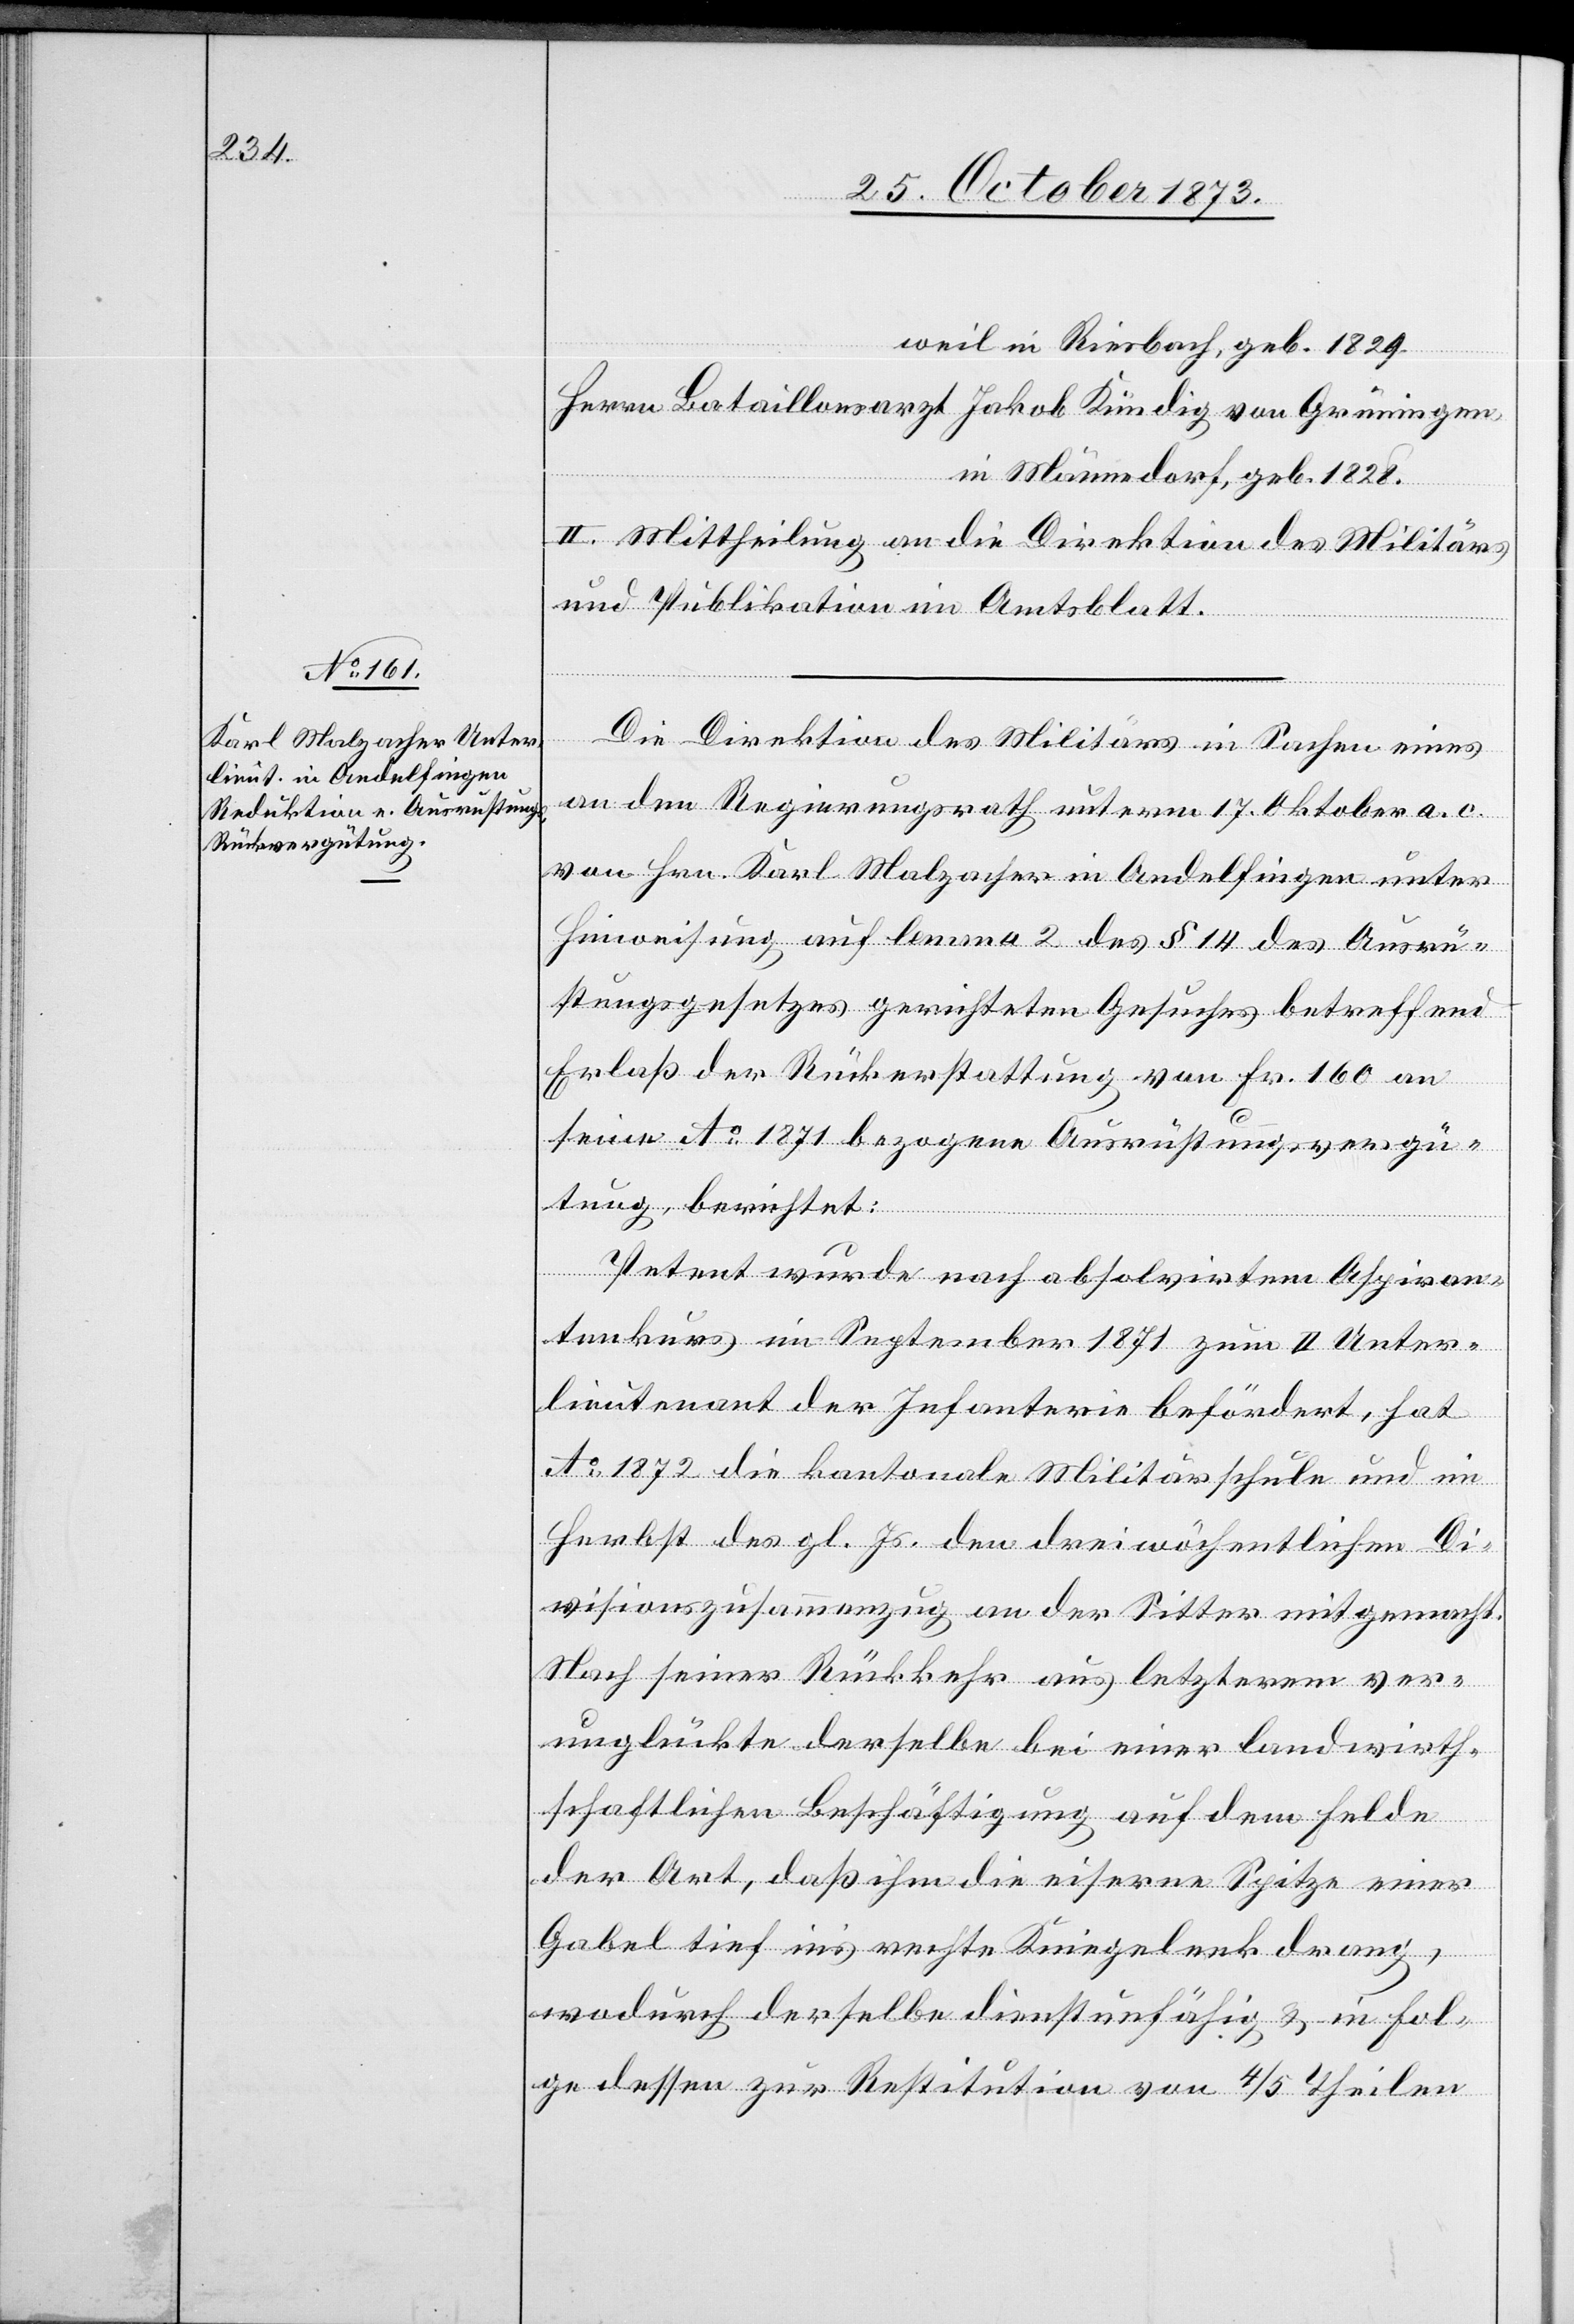
weil in Riesbach, geb. 1829.
in Männedorf, geb. 1828.
II. Mittheilung an die Direktion des Militärs
und Publikation im Amtsblatt.
Die Direktion des Militärs in Sachen eines
an den Regierungsrath unterm 17. Oktober a. c.
von Hrn. Karl Malzacher in Andelfingen unter
Hinweisung auf lemma 2 des § 14 des Ausrü¬
stungsgesetzes gerichteten Gesuches betreffend
Erlaß der Rückerstattung von Fr. 160 an
seine Ao 1871 bezogene Ausrüstungsvergü¬
tung, berichtet:
Petent wurde nach absolvirtem Aspiran¬
tenkurs im September 1871 zum II Unter¬
lieutenant der Infanterie befördert, hat
Ao 1872 die kantonale Militärschule und im
Herbst des gl. Js. den dreiwöchentlichen Di¬
visionszusammenzug an der Sitter mitgemacht.
Nach seiner Rückkehr aus letzterem ver¬
unglückte derselbe bei einer landwirth¬
schaftlichen Beschäftigung auf dem Felde
der Art, daß ihm die eiserne Spitze einer
Gabel tief in’s rechte Kniegelenk drang,
wodurch derselbe dienstunfähig & in Fol¬
ge dessen zur Restitution von 4/5 Theilen